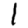
Digit: 1